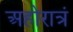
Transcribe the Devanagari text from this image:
अहोरात्रं